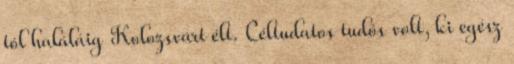
tól haláláig Kolozsvárt élt. Céltudatos tudós volt, ki egész